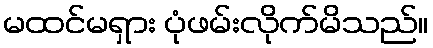
မထင်မရှား ပုံဖမ်းလိုက်မိသည်။